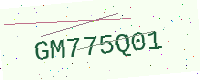
Text: GM775Q01